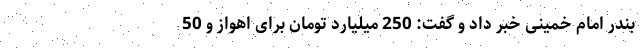
بندر امام خمینی خبر داد و گفت: 250 میلیارد تومان برای اهواز و 50